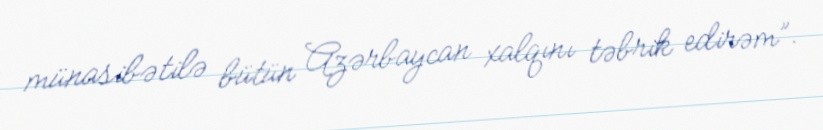
münasibətilə bütün Azərbaycan xalqını təbrik edirəm”.